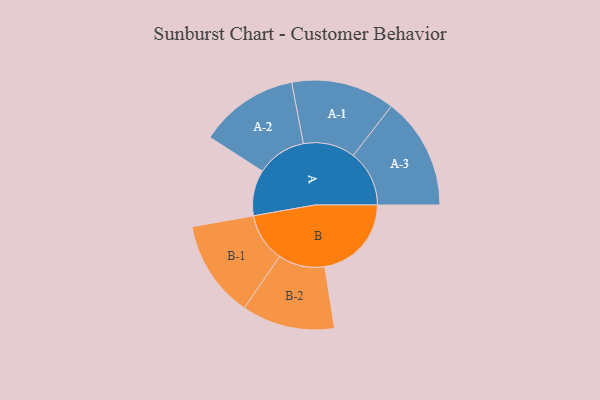
{"axis": {"x": "Segment", "y": "Value"}, "legend": ["", "A", "B"], "data": [{"x": "A", "y": 233, "type": ""}, {"x": "B", "y": 441, "type": ""}, {"x": "A-1", "y": 264, "type": "A"}, {"x": "A-2", "y": 253, "type": "A"}, {"x": "A-3", "y": 285, "type": "A"}, {"x": "B-1", "y": 248, "type": "B"}, {"x": "B-2", "y": 237, "type": "B"}]}